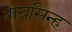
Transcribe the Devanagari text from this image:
बाघसिन्ह